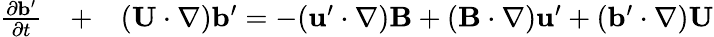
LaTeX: \begin{array}{rlr}{\frac{\partial{\mathbf{b}}^{\prime}}{\partial t}}&{{}+}&{({\mathbf{U}}\cdot\nabla){\mathbf{b}}^{\prime}=-({\mathbf{u}}^{\prime}\cdot\nabla){\mathbf{B}}+({\mathbf{B}}\cdot\nabla){\mathbf{u}}^{\prime}+({\mathbf{b}}^{\prime}\cdot\nabla){\mathbf{U}}}\end{array}